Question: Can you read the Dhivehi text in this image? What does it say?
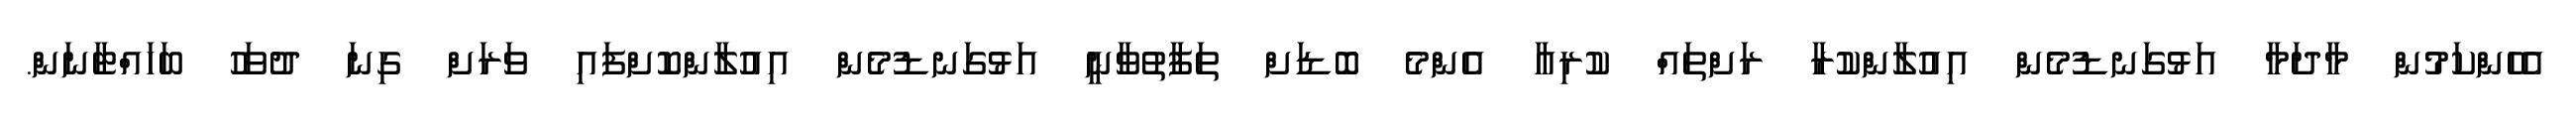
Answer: އެހެންކަމުން މާދަމާ އަޅުގަނޑުމެން އިއުލާންކުރާ ރަށްތައް ކުރިއާ އެންމެ ބޮޑަށް ތަފާތުވާނީ އަޅުގަނޑުމެން އިއުލާންކޮށްފައި ވަރަށް ގިނަ ދުވަހު ބަހައްޓާނަން.